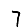
Digit: 7